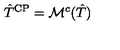
\hat { T } ^ { \mathrm { C P } } = \mathcal { M } ^ { c } ( \hat { T } )